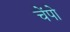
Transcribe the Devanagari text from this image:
चेंपो